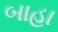
બાહા